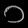
Digit: ၁